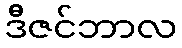
ဒီဇင်ဘာလ